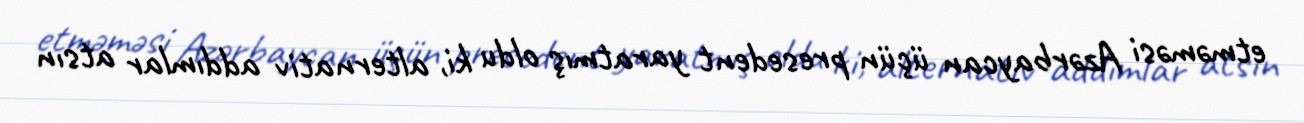
etməməsi Azərbaycan üçün presedent yaratmış oldu ki, alternativ addımlar atsın